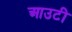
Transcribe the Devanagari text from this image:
आउटी